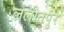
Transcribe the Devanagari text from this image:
ललीतपुर